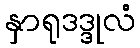
နှာရုဒဒ္ဒုလံ